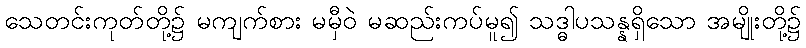
သေတင်းကုတ်တို့၌ မကျက်စား မမှီဝဲ မဆည်းကပ်မူ၍ သဒ္ဓါပသန္နရှိသော အမျိုးတို့၌